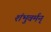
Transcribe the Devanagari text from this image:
शंभुवर्मन्